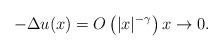
LaTeX: \begin{align*} -\Delta u(x)=O\left(|x|^{-\gamma}\right) x\to 0. \end{align*}